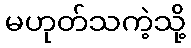
မဟုတ်သကဲ့သို့